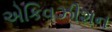
એકિવઝીશન